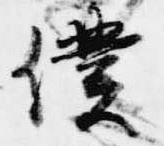
僕